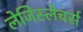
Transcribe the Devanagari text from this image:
लेजिस्लेचर्स